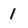
Character: 1